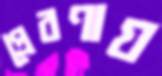
প্রেরণায়